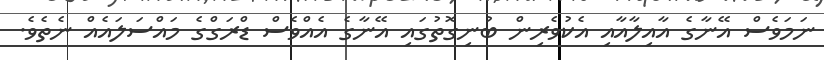
ނަމަވެސް އޭނާގެ އާއިލާއާއި އެކުވެރިން ބުނިގޮތުގައި އޭނާގެ އެއްވެސް ޑްރަގްގެ މައްސަލައެއް ނެތެވެ.